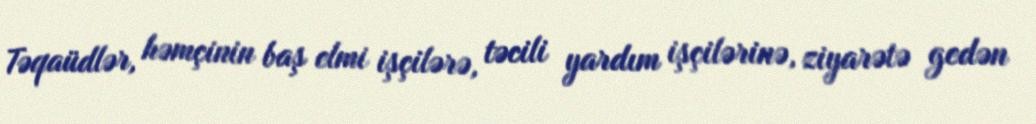
Təqaüdlər, həmçinin baş elmi işçilərə, təcili yardım işçilərinə, ziyarətə gedən